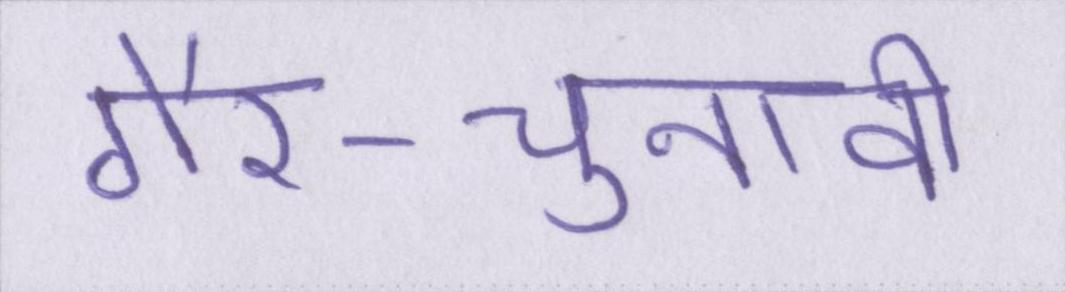
गैर-चुनावी